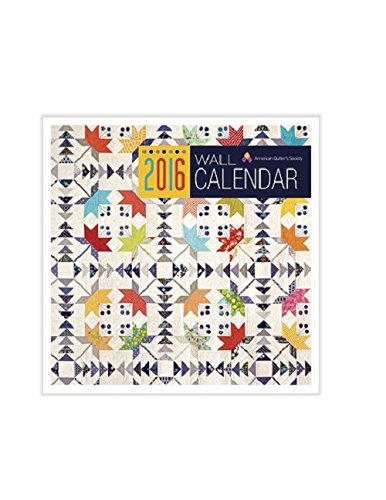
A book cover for AQS 2016 Wall Calendar; Crafts, Hobbies & Home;